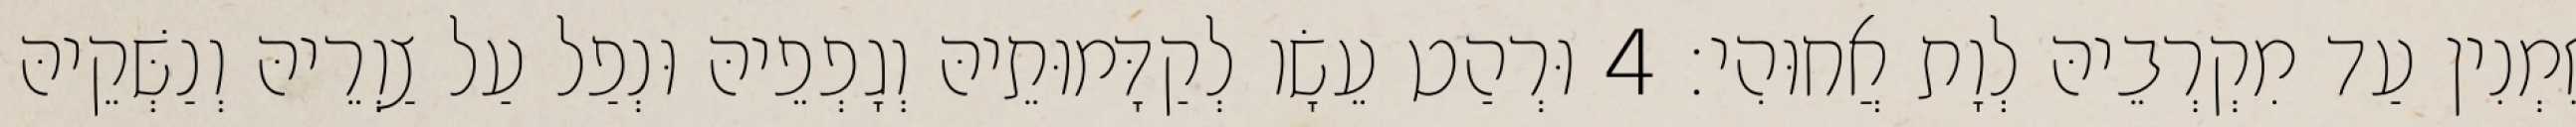
זִמְנִין עַד מִקְרְבֵיהּ לְוָת אֲחוּהִי׃ 4 וּרְהַט עֵשָׂו לְקַדָּמוּתֵיהּ וְגָפְפֵיהּ וּנְפַל עַל צַוְרֵיהּ וְנַשְּׁקֵיהּ